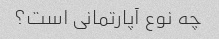
چه نوع آپارتمانی است؟